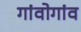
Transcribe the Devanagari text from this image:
गांवोगांव